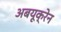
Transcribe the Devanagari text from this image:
अबयूक्रेन